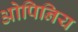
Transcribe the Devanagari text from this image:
ओपिनिय